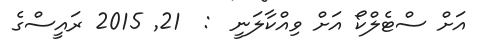
އަށް ސްޓެލްކޯ އަށް ވިއްކާލަނީ  :  21